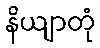
နိယျာတုံ